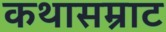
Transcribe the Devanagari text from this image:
कथासम्राट